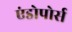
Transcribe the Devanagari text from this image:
एंडोपोर्स